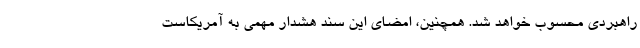
راهبردی محسوب خواهد شد. همچنین، امضای این سند هشدار مهمی به آمریکاست